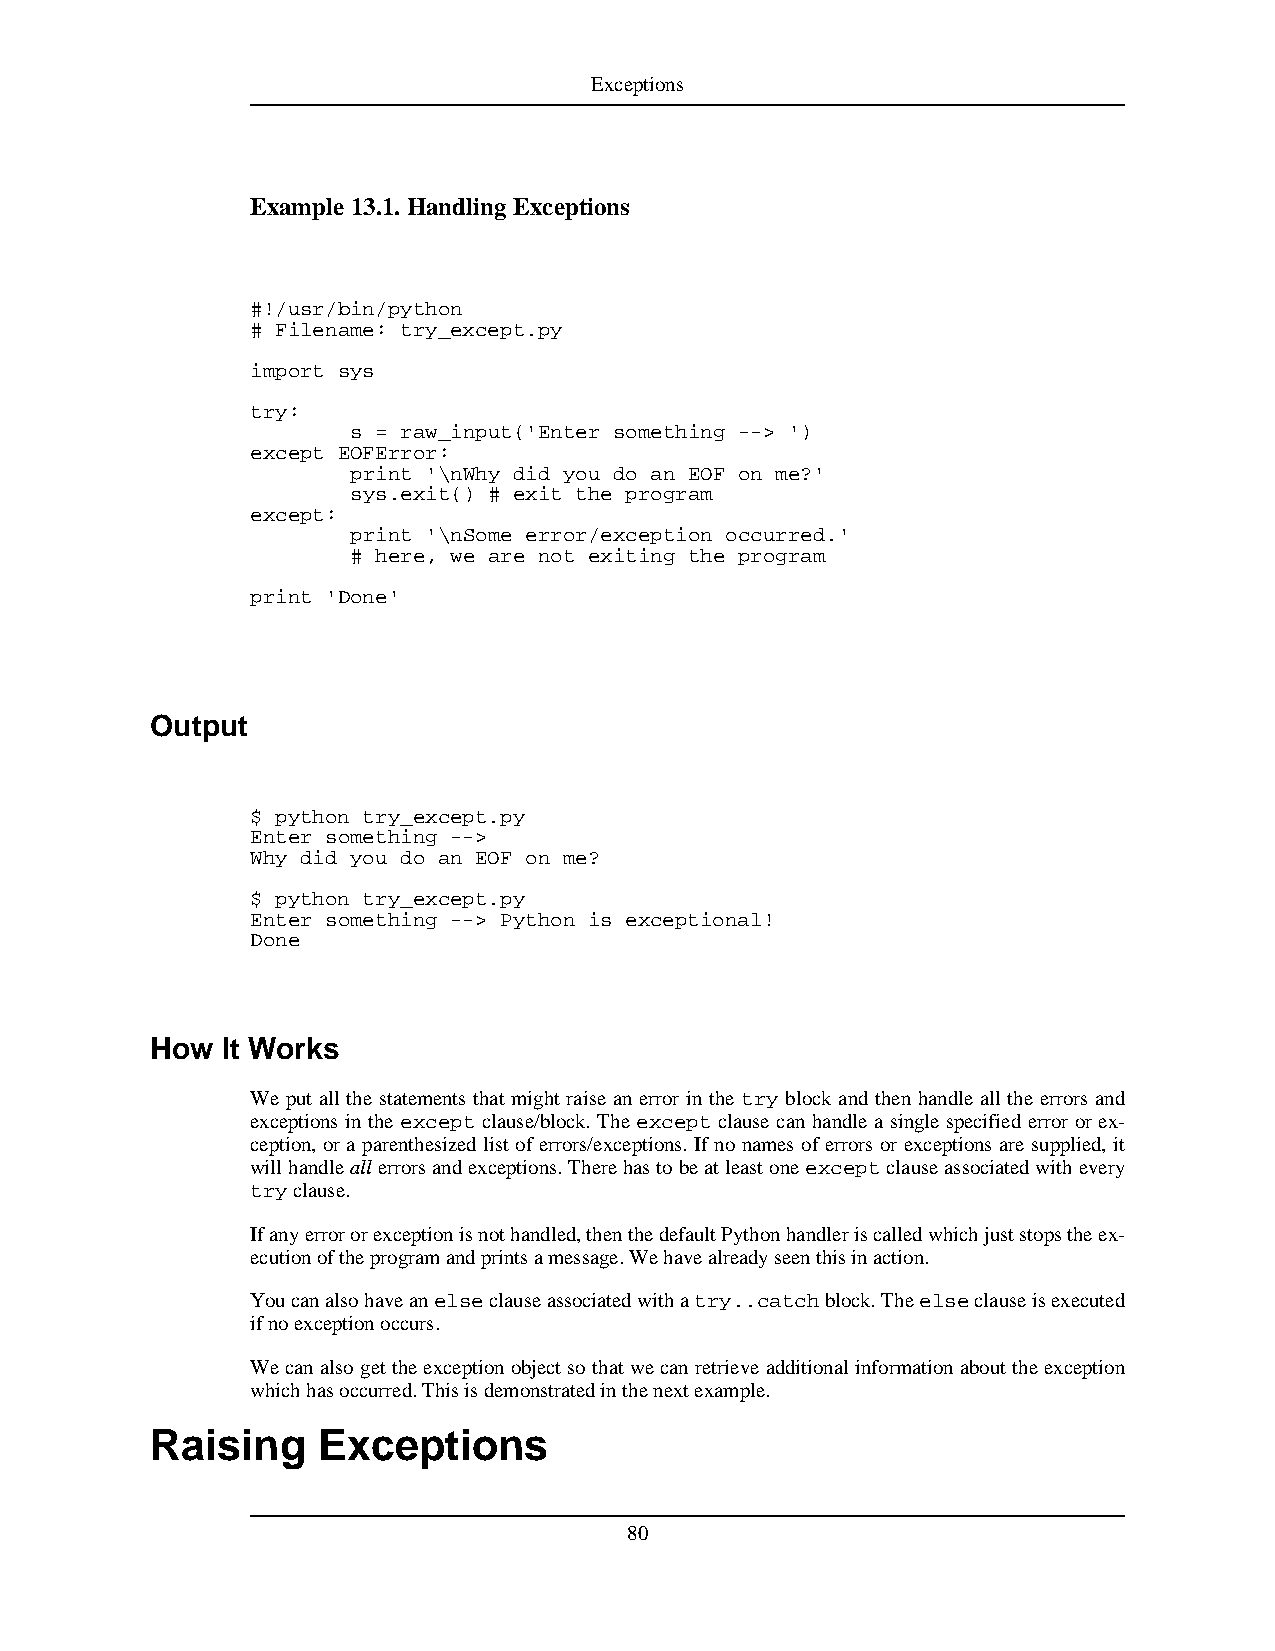
Exceptions
 Example 13.1.HandlingExceptions
 #!/usr/bin/python
 # Filename: try_except.py
 import sys
 try:
 s = raw_input('Enter something --> ')
 except EOFError:
 print '\nWhy did you do an EOF on me?'
 sys.exit() # exit the program
 except:
 print '\nSome error/exception occurred.'
 # here, we are not exiting the program
 print 'Done'
 Output
 $ python try_except.py
 Enter something -->
 Why did you do an EOF on me?
 $ python try_except.py
 Enter something --> Python is exceptional!
 Done
 How  It Works
 We put all the statements that might raise an error in the try block and then handle all the errors and
 exceptions in the except clause/block. The except clause can handle a single specified error or ex-
 ception, or a parenthesized list of errors/exceptions. If no names of errors or exceptions are supplied, it
 willhandleallerrorsandexceptions.Therehastobeatleastoneexceptclauseassociatedwithevery
 tryclause.
 Ifanyerrororexceptionisnothandled,thenthedefaultPythonhandleriscalledwhichjuststopstheex-
 ecutionoftheprogramandprintsamessage.Wehavealreadyseenthisinaction.
 Youcanalsohaveanelseclauseassociatedwithatry..catchblock.Theelseclauseisexecuted
 ifnoexceptionoccurs.
 Wecanalsogettheexceptionobjectsothatwecanretrieveadditionalinformationabouttheexception
 whichhasoccurred.Thisisdemonstratedinthenextexample.
 Raising    Exceptions
 80